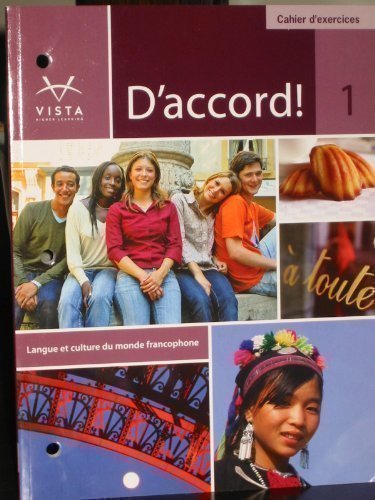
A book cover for D'accord: Level 1 Cahier d' exercices (French Edition); Teen & Young Adult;